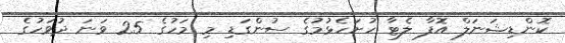
ކޮންޑިޝަނަލް އޮފާ ލެޓާ ހުށަހެޅުމުގެ ސުންގަޑި މި މަހުގެ 25 ވަނަ ދުވަހުގެ